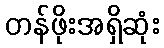
တန်ဖိုးအရှိဆုံး